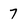
Character: 7